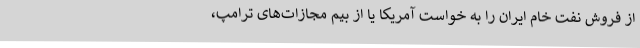
از فروش نفت خام ایران را به خواست آمریکا یا از بیم مجازات‌های ترامپ،